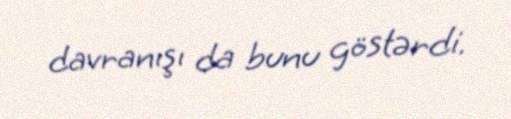
davranışı da bunu göstərdi.